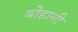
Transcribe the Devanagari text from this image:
बोहागी